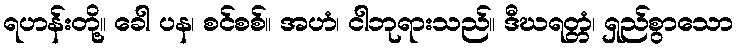
ရဟန်းတို့။ ခေါ ပန၊ စင်စစ်။ အဟံ၊ ငါဘုရားသည်။ ဒီဃရတ္တံ၊ ရှည်စွာသော